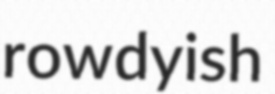
rowdyish